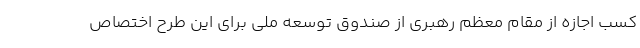
کسب اجازه از مقام معظم رهبری از صندوق توسعه ملی برای این طرح اختصاص